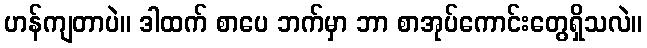
ဟန်ကျတာပဲ။ ဒါထက် စာပေ ဘက်မှာ ဘာ စာအုပ်ကောင်းတွေရှိသလဲ။